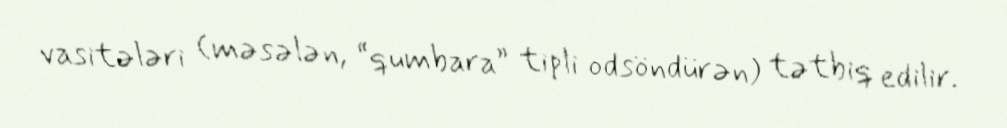
vasitələri (məsələn, “qumbara” tipli odsöndürən) tətbiq edilir.